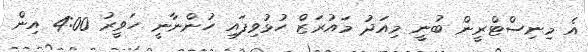
އެ މިނިސްޓްރީން ބުނީ މިއަދު މައުރަޒް ހުޅުވިފައި ހުންނާނީ ހަވީރު 4:00 އިން